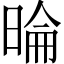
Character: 㫻